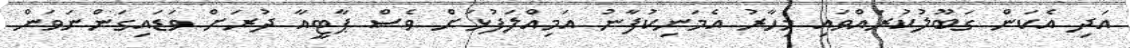
އަދި އެކަން ގަބޫލުކުރައްވައި މިހާރު އެމަނިކުފާނު އަމިއްލަފުޅަށް ވެސް ޕާޓީއާ ދުރަށް ވަޑައިގަންނަވަން